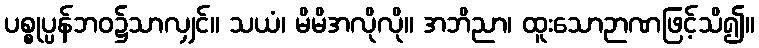
ပစ္စုပ္ပန်ဘဝ၌သာလျှင်။ သယံ၊ မိမိအလိုလို။ အဘိညာ၊ ထူးသောဉာဏဖြင့်သိ၍။